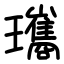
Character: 瓗